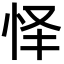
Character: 怿